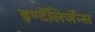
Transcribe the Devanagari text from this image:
इण्टॅलिजॅन्स